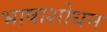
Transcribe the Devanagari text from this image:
भाषाशोधन